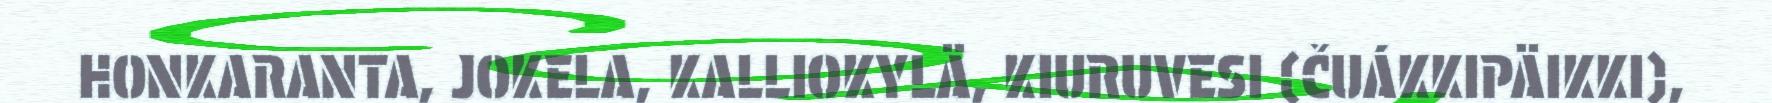
HONKARANTA, JOKELA, KALLIOKYLÄ, KIURUVESI (ČUÁKKIPÄIKKI),